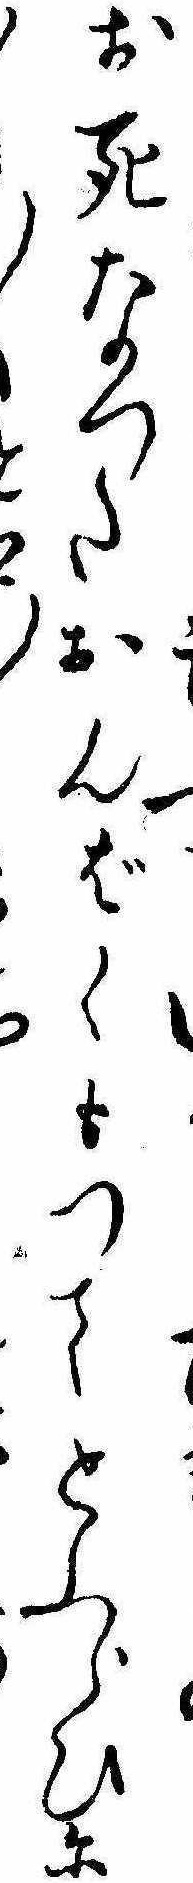
お死なつたおんばくもつてとふらひに〱と〱